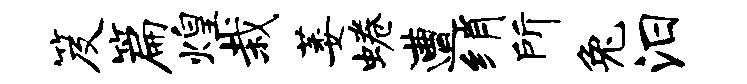
笈篇煌栽萎蜷遭绡所兔汨